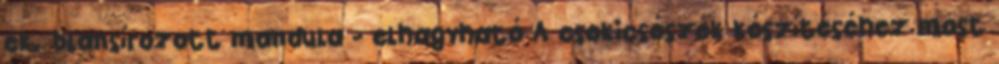
ek. blansírozott mandula - elhagyható A csokicsészék készítéséhez most